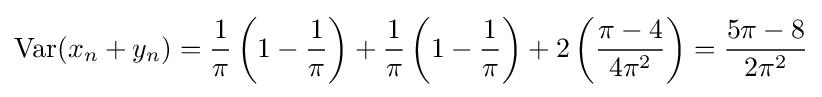
\operatorname {Var} (x_{n}+y_{n})={\frac {1}{\pi }}\left(1-{\frac {1}{\pi }}\right)+{\frac {1}{\pi }}\left(1-{\frac {1}{\pi }}\right)+2\left({\frac {\pi -4}{4\pi ^{2}}}\right)={\frac {5\pi -8}{2\pi ^{2}}}